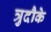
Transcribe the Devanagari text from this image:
त्रुदौके